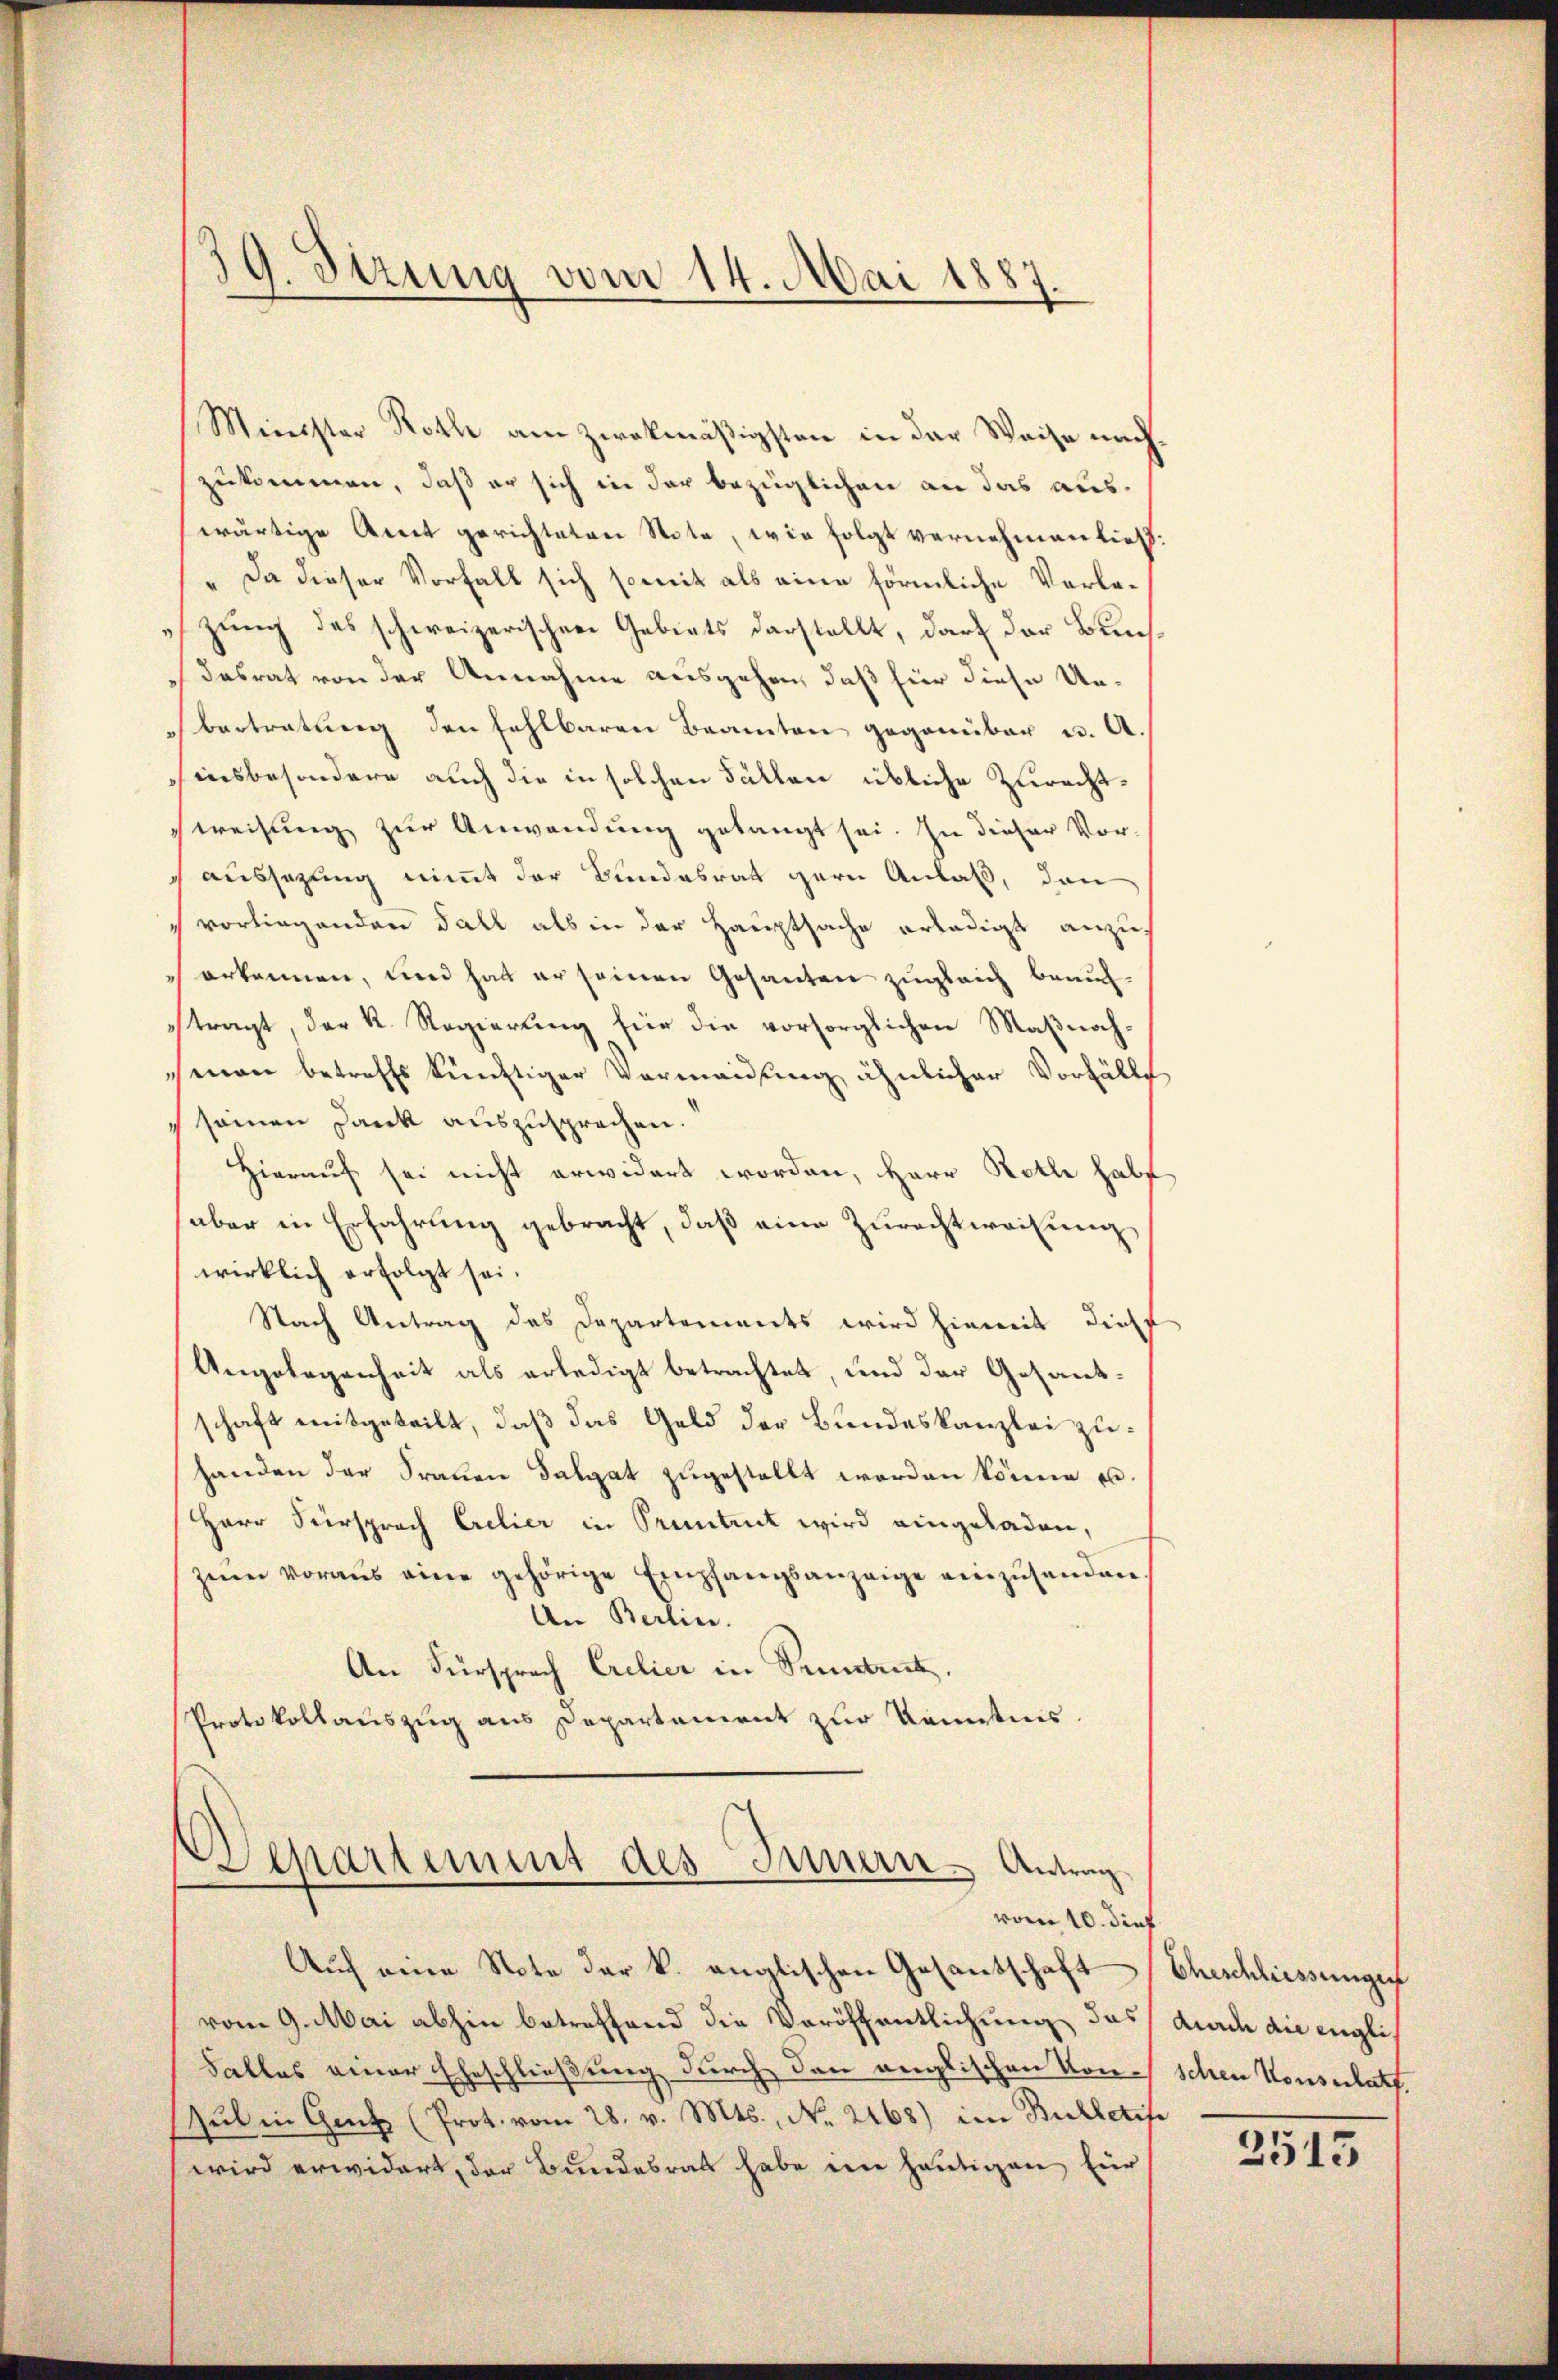
Minister Roth am zwekmäßigsten in der Weise nachzukommen, daß er sich in der bezüglichen an das auswärtige Amt gerichteten Note, wie folgt vernehmen ließ.
„Da dieser Vorfall sich somit als eine förmliche Verlazung das schweizerischen Gebiets darstellt, darf der Buchdasrat von der Annahme ausgehen, daß für diese Unbertretung den fehlbaren Beamten gegenüber u. A.
insbesondere auch die in solchen Fällen übliche Zurechtweisung zur Anwendung gelangt sei. In dieser Vor-
aussezung nimmt der Bundesrat gern Anlaß, den
vorliegenden Fall als in der Hauptsache erledigt anzus
 erkennen, und hat er seinen Gesanten zugleich beauftragt, der K. Regierung für die vorsorglichen Maßnachman betreffs künftiger Vermeidung ähnlicher Vorfälle
seinen Dank auszusprechen.
Hierauf sei nicht erwidert worden, Herr Rothe hab
aber in Erfahrung gebracht, daß eine Zurechtweisung
wirklich erfolgt sei.
Nach Antrag des Departements wird hiemit diese
Angelegenheit als erledigt betrachtet, und der Gesandschaft mitgeteilt, daß das Geld der Bundeskanzlei zuhanden der Frauen Salgat zugestellt worden könne u.
Herr Fürsprach Erelier in Pruntrut wird eingeladen,
zŭm voraus eine gehörige Empfangsanzeige einzusenden
An Berlin.
An Fürsprach Crelier in Pruntrut.
Protokollauszug aus Departement zur Kenntnis.

39. Sezung vom 14. Mai 1887.

epartement des Innern Antrag
vom 10. dies
Auch eine Note der k. anglischen Gesantschaft

vom 9. Mai abhin betreffend die Veröffentlichung das durch die engli¬
Falles einer Eheschließung durch den anglischen Vorschen Konsulats.
sul in Genf (Prot. vom 28. v. Mts., No. 2168) im Bulletife
wird erwidert, der Bundesrath habe in heutigen für

Eheschliessungen
2513